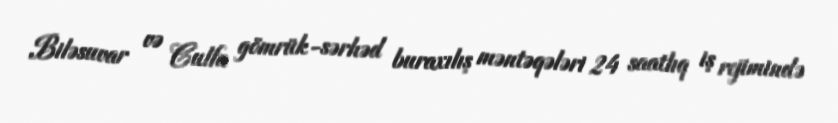
Biləsuvar və Culfa gömrük-sərhəd buraxılış məntəqələri 24 saatlıq iş rejimində